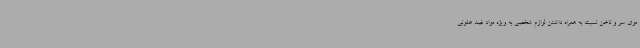
موی سر و ناخن نسبت به همراه داشتن لوازم شخصی به ویژه مواد ضد عفونی